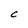
Character: C